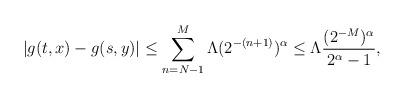
LaTeX: \begin{align*}|g(t,x)-g(s,y)|\le\sum_{n=N-1}^M\Lambda (2^{-(n+1)})^\alpha\le\Lambda\frac{(2^{-M})^\alpha}{2^\alpha-1},\end{align*}